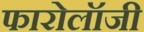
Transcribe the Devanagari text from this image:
फारोलॉजी